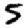
Digit: 5